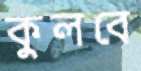
কুলবে